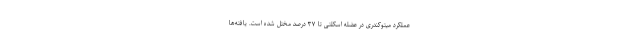
عملکرد میتوکندری در عضله اسکلتی تا ۳۷ درصد مختل شده است. یافته‌ها